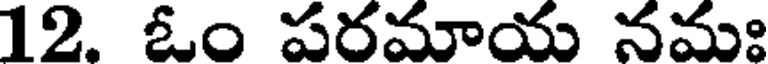
12. ఓం పరమాయ నమః